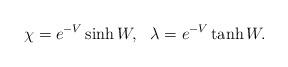
LaTeX: \begin{align*}\chi =e^{-V}\sinh W , ~~ \lambda = e^{-V}\tanh W .\end{align*}